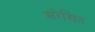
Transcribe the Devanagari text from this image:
सरेखित